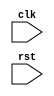
module AXI_bus_controller(
    input wire clk,
    input wire rst,
    // Add input and output ports as needed
    
    // Clock generator, delay elements, and synchronization logic components
    
    // Timing control logic to ensure proper timing of data transactions
    
    // AXI protocol adherence logic
    
);

// Verilog code for AXI bus controller goes here

endmodule